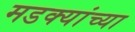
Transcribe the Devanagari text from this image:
मडक्यांच्या